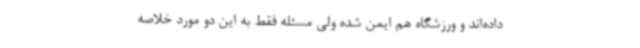
داده‌اند و ورزشگاه هم ایمن شده ولی مسئله فقط به این دو مورد خلاصه